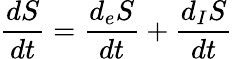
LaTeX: \frac{dS}{dt}=\frac{d_{e}S}{dt}+\frac{d_{I}S}{dt}